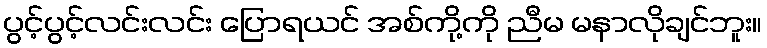
ပွင့်ပွင့်လင်းလင်း ပြောရယင် အစ်ကို့ကို ညီမ မနာလိုချင်ဘူး။